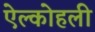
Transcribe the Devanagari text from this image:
ऐल्कोहली